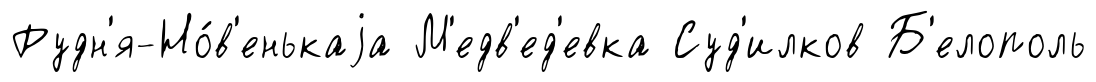
Рудн'я-Но́в'енькаjа М'едв'ед'евка Суд'илков Б'елополь